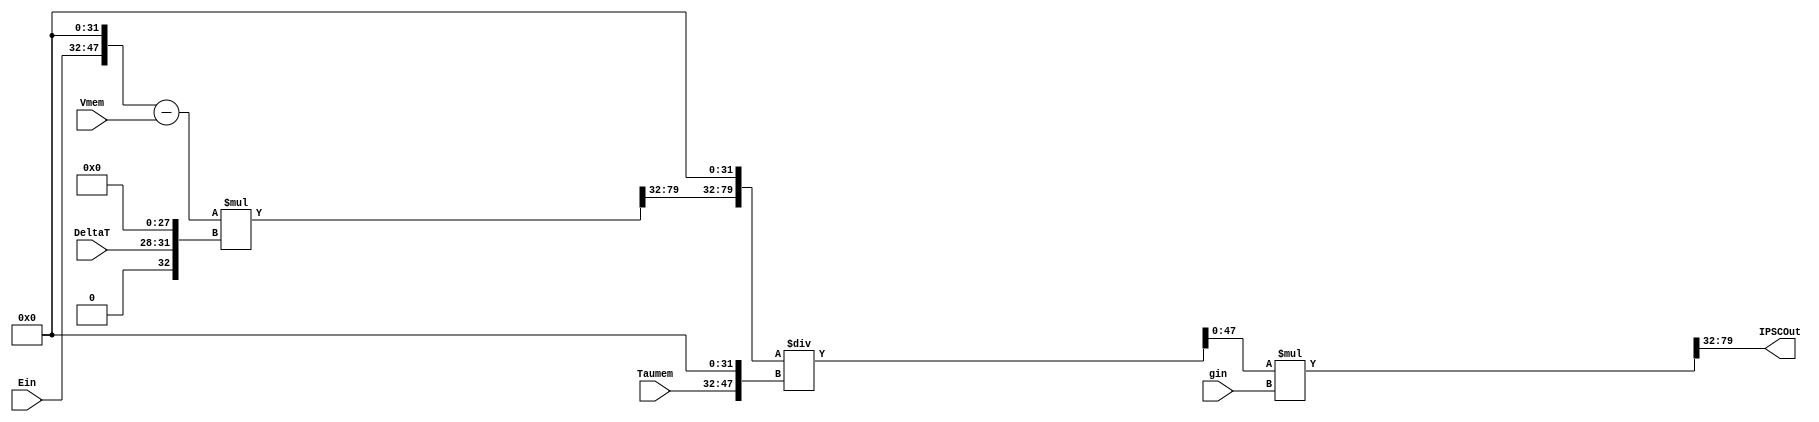
module IPSCUnit
#(
	parameter INTEGER_WIDTH = 16, 
	parameter DATA_WIDTH_FRAC = 32, 
	parameter DATA_WIDTH = INTEGER_WIDTH + DATA_WIDTH_FRAC, 
	parameter DELTAT_WIDTH = 4
)
(

	input wire signed [(INTEGER_WIDTH-1):0] Ein,
	input wire signed [(DATA_WIDTH-1):0] Vmem,
	input wire signed [(DATA_WIDTH-1):0] gin,
	input wire signed [(DELTAT_WIDTH-1):0] DeltaT,
	input wire signed [(INTEGER_WIDTH-1):0] Taumem,
	

	output wire signed [(DATA_WIDTH-1):0] IPSCOut
);


	//Intermediate Values:
	wire signed [(INTEGER_WIDTH-1):0] Mult1Result_Int, Mult2Result_Int;
	wire signed [(DATA_WIDTH_FRAC-1):0] Mult1Result_Frac, Mult2Result_Frac;
	wire signed [(DATA_WIDTH-1):0] Ein_Extended, DeltaT_Extended, Mult1Result, Mult2Result, Taumem_Extended, Quotient;
	wire signed [(DATA_WIDTH + DATA_WIDTH_FRAC - 1):0] Dividend;

	wire signed [(DATA_WIDTH-1):0] V1;
	wire signed [(2*DATA_WIDTH -1):0] V2,V4;
	wire signed [(DATA_WIDTH + DATA_WIDTH_FRAC - 1):0] V3;



	//Wire Select and/or padding for Fixed-point Arithmetic
	assign Ein_Extended = {Ein, {DATA_WIDTH_FRAC{1'b0}}};								//pad fractional bits
	assign DeltaT_Extended = {{INTEGER_WIDTH{1'b0}},DeltaT,{DATA_WIDTH_FRAC-DELTAT_WIDTH{1'b0}}};			//pad integer bits and rest of fractional bits 
	assign Mult1Result_Int = V2[(DATA_WIDTH + DATA_WIDTH_FRAC - 1):(DATA_WIDTH + DATA_WIDTH_FRAC - INTEGER_WIDTH)];	//take lower <INTEGER_WIDTH> integer bits of product
	assign Mult1Result_Frac = V2[(DATA_WIDTH + DATA_WIDTH_FRAC - INTEGER_WIDTH - 1):DATA_WIDTH_FRAC];		//take higher <DATA_WIDTH_FRAC> frac bits of product
	assign Mult1Result = {Mult1Result_Int,Mult1Result_Frac};							//concatenate to form product in given format
	assign Mult2Result_Int = V4[(DATA_WIDTH + DATA_WIDTH_FRAC - 1):(DATA_WIDTH + DATA_WIDTH_FRAC - INTEGER_WIDTH)];	//take lower <INTEGER_WIDTH> integer bits of product
	assign Mult2Result_Frac = V4[(DATA_WIDTH + DATA_WIDTH_FRAC - INTEGER_WIDTH - 1):DATA_WIDTH_FRAC];		//take higher <DATA_WIDTH_FRAC> frac bits of product
	assign Mult2Result = {Mult2Result_Int,Mult2Result_Frac}; 							//concatenate to form product in given format
	assign Taumem_Extended = {Taumem, {DATA_WIDTH_FRAC{1'b0}}};							//pad fractional bits
	assign Dividend = {Mult1Result,{DATA_WIDTH_FRAC{1'b0}}};								//shift by all decimal places before division
	assign Quotient = V3[(DATA_WIDTH-1):0];										//take lower <DATA_WIDTH> bits of Division result





	//Combinational Computation
	assign V1 = Ein_Extended - Vmem;
	assign V2 = V1*DeltaT_Extended;
	assign V3 = Dividend/Taumem_Extended;
	assign V4 = Quotient*gin;
	assign IPSCOut = Mult2Result;


	endmodule